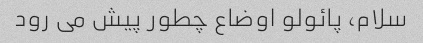
سلام، پائولو اوضاع چطور پیش می رود